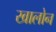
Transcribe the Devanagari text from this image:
खालोन